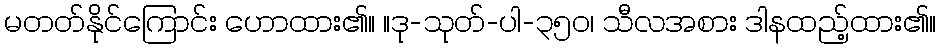
မတတ်နိုင်ကြောင်း ဟောထား၏။ ။ဒု-သုတ်-ပါ-၃၅၀၊ သီလအစား ဒါနထည့်ထား၏။